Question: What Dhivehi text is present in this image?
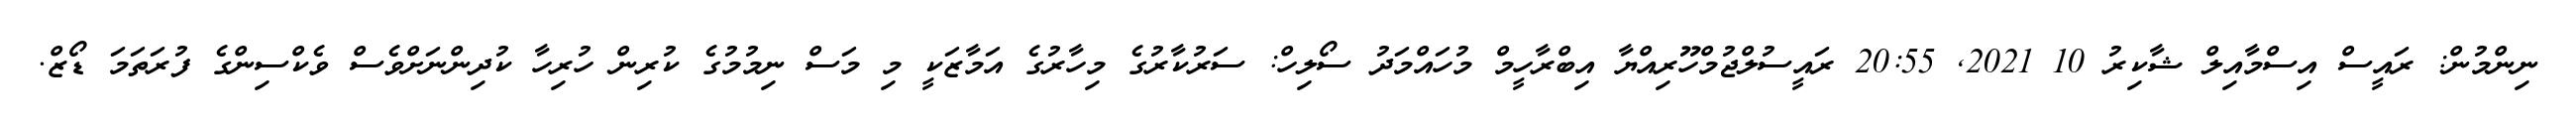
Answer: ނިންމުން: ރައީސް އިސްމާއިލް ޝާކިރު 10 2021, 20:55 ރައީސުލްޖުމްހޫރިއްޔާ އިބްރާހީމް މުހައްމަދު ސޯލިހް: ސަރުކާރުގެ މިހާރުގެ އަމާޒަކީ މި މަސް ނިމުމުގެ ކުރިން ހުރިހާ ކުދިންނަށްވެސް ވެކްސިންގެ ފުރަތަމަ ޑޯޒް.